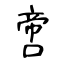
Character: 啻